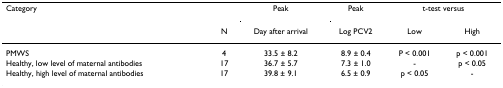
| Category |  | Peak | Peak | <COLSPAN=2> t-test versus |
 |  | N | Day after arrival | Log PCV2 | Low | High |
 | --- | --- | --- | --- | --- | --- |
 | PMWS | 4 | 33.5 ± 8.2 | 8.9 ± 0.4 | P < 0.001 | p < 0.001 |
 | Healthy, low level of maternal antibodies | 17 | 36.7 ± 5.7 | 7.3 ± 1.0 | - | p < 0.05 |
 | Healthy, high level of maternal antibodies | 17 | 39.8 ± 9.1 | 6.5 ± 0.9 | p < 0.05 | - |